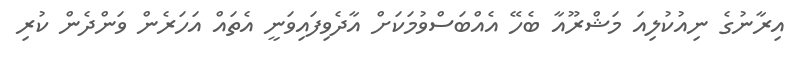
އިރާނުގެ ނިއުކުލިއަ މަޝްރޫއާ ބެހޭ އެއްބަސްވުމަކަށް އާދެވިފައިވަނީ އެތައް އަހަރެން ވަންދެން ކުރި